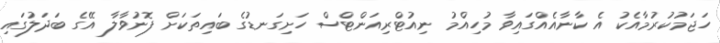
ހަޖަމުކުރުމާއެކު އެ ކާނާއެއްގައިވާ މުހިއްމު ނިއުޓްރިއަންޓްސް ހަށިގަނޑުގެ ބައިތަކަށް ފޮނުވާލާ އޭގެ ބަދަލުގައި